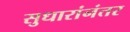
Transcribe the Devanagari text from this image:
सुधारांनंतर